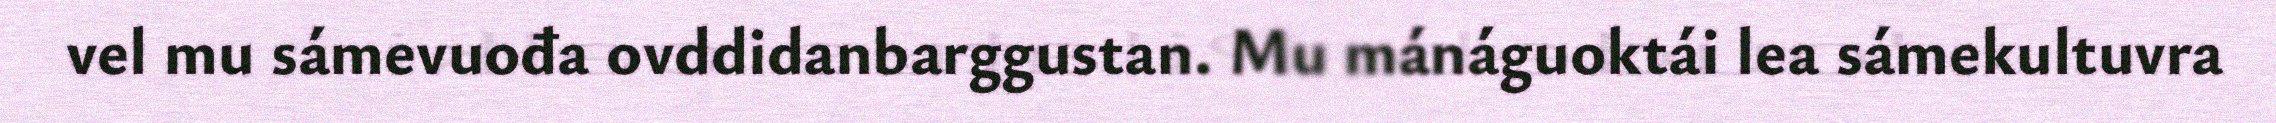
vel mu sámevuođa ovddidanbarggustan. Mu mánáguoktái lea sámekultuvra